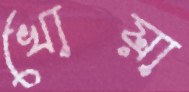
খোয়া